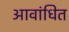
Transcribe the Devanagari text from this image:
आवांधित